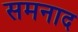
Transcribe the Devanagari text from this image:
समनाद